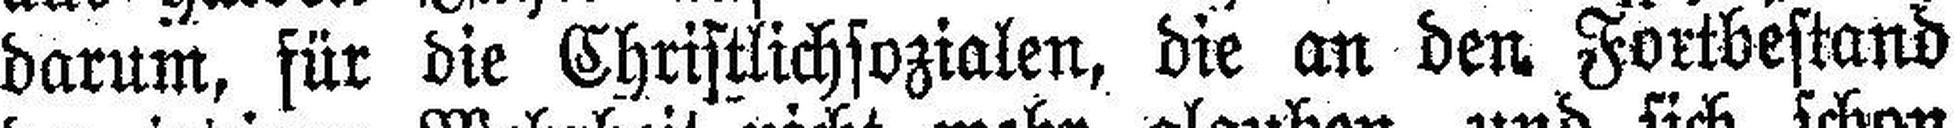
darum, für die Christlichsozialen, die an den Fortbestand